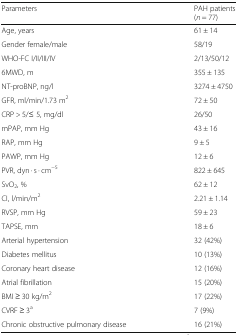
<table><thead><tr><td><b>Parameters</b></td><td><b>PAH patients(<i>n</i> = 77)</b></td></tr></thead><tbody><tr><td>Age, years</td><td>61 ± 14</td></tr><tr><td>Gender female/male</td><td>58/19</td></tr><tr><td>WHO-FC I/II/III/IV</td><td>2/13/50/12</td></tr><tr><td>6MWD, m</td><td>355 ± 135</td></tr><tr><td>NT-proBNP, ng/l</td><td>3274 ± 4750</td></tr><tr><td>GFR, ml/min/1.73 m<sup>2</sup></td><td>72 ± 50</td></tr><tr><td>CRP &gt; 5/≤ 5, mg/dl</td><td>26/50</td></tr><tr><td>mPAP, mm Hg</td><td>43 ± 16</td></tr><tr><td>RAP, mm Hg</td><td>9 ± 5</td></tr><tr><td>PAWP, mm Hg</td><td>12 ± 6</td></tr><tr><td>PVR, dyn · s · cm<sup>−5</sup></td><td>822 ± 645</td></tr><tr><td>SvO<sub>2</sub>, %</td><td>62 ± 12</td></tr><tr><td>CI, l/min/m<sup>2</sup></td><td>2.21 ± 1.14</td></tr><tr><td>RVSP, mm Hg</td><td>59 ± 23</td></tr><tr><td>TAPSE, mm</td><td>18 ± 6</td></tr><tr><td>Arterial hypertension</td><td>32 (42%)</td></tr><tr><td>Diabetes mellitus</td><td>10 (13%)</td></tr><tr><td>Coronary heart disease</td><td>12 (16%)</td></tr><tr><td>Atrial fibrillation</td><td>15 (20%)</td></tr><tr><td>BMI ≥ 30 kg/m<sup>2</sup></td><td>17 (22%)</td></tr><tr><td>CVRF ≥ 3<sup>a</sup></td><td>7 (9%)</td></tr><tr><td>Chronic obstructive pulmonary disease</td><td>16 (21%)</td></tr></tbody></table>